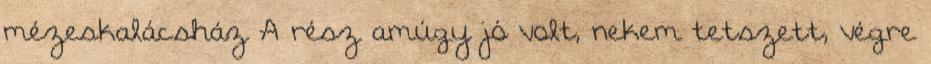
mézeskalácsház A rész amúgy jó volt, nekem tetszett, végre